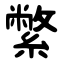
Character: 䌘